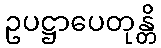
ဥပဋ္ဌာပေတုန္တိ